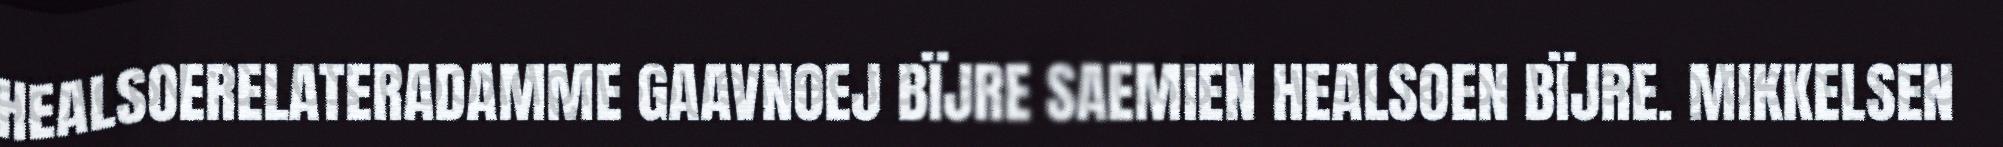
HEALSOERELATERADAMME GAAVNOEJ BÏJRE SAEMIEN HEALSOEN BÏJRE. MIKKELSEN